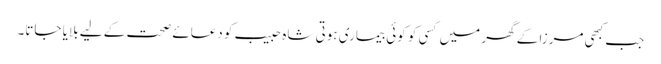
جب کبھی مرزا کے گھر میں کسی کو کوئی بیماری ہوتی شاہ حبیب کو دعائے صحت کے لیے بلایا جاتا۔